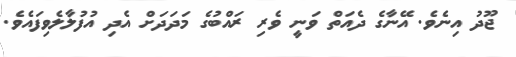
ޖޫދު އިނެވެ. އޭނާގެ ދެއަތް ވަނީ ވެރި ރައްބުގެ މަދަދަށް އެދި އުފުލާލެވިފައެވެ.